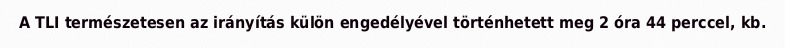
A TLI természetesen az irányítás külön engedélyével történhetett meg 2 óra 44 perccel, kb.